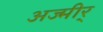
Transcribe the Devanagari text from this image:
अज्मीर्